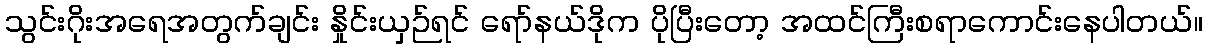
သွင်းဂိုးအရေအတွက်ချင်း နှိုင်းယှဉ်ရင် ရော်နယ်ဒိုက ပိုပြီးတော့ အထင်ကြီးစရာကောင်းနေပါတယ်။